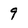
Character: 9